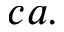
c a .